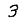
Digit: 3